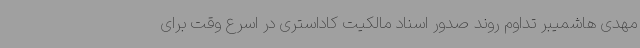
مهدی هاشمیبر تداوم روند صدور اسناد مالکیت کاداستری در اسرع وقت برای